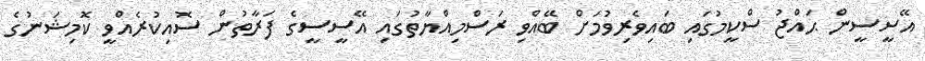
އޭސީސީން ޙައްޖު ސްކީމުގައި ބައިވެރިވުމަށް ބޭއްވި ރަސްމިއްޔާތުގައި އޭސީސީގެ ފަރާތުން ސޮއިކުރެއްވީ ކޮމިޝަނުގެ